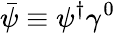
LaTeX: {\bar{\psi}}\equiv\psi^{\dagger}\gamma^{0}